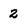
Character: 2